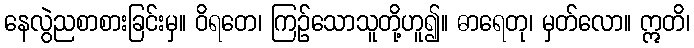
နေလွဲညစာစားခြင်းမှ။ ဝိရတေ၊ ကြဉ်သောသူတို့ဟူ၍။ ဓာရေတု၊ မှတ်လော။ ဣတိ၊